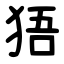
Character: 㹳